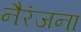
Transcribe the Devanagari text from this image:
नैरंजना